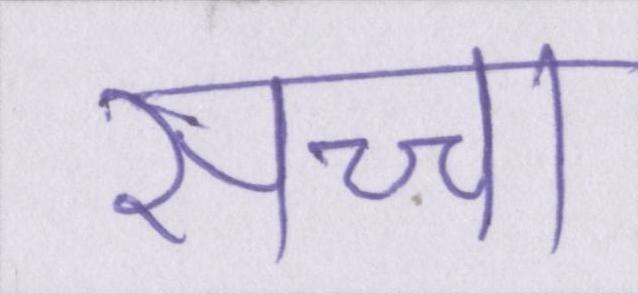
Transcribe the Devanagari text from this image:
सच्चा